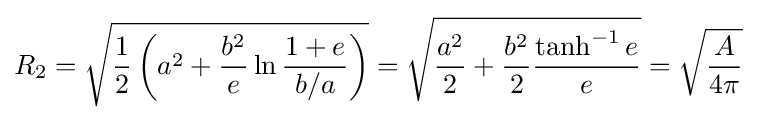
R_{2}={\sqrt {{\frac {1}{2}}\left(a^{2}+{\frac {b^{2}}{e}}\ln {\frac {1+e}{b/a}}\right)}}={\sqrt {{\frac {a^{2}}{2}}+{\frac {b^{2}}{2}}{\frac {\tanh ^{-1}e}{e}}}}={\sqrt {\frac {A}{4\pi }}}